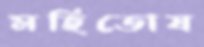
মহিতোষ